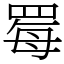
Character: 䍙